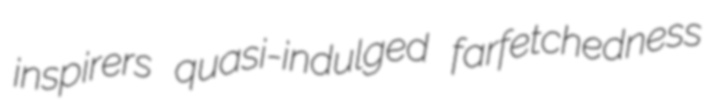
inspirers quasi-indulged farfetchedness